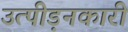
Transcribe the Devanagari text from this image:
उत्पीड़नकारी